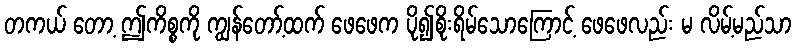
တကယ် တော့ ဤကိစ္စကို ကျွန်တော့်ထက် ဖေဖေက ပို၍စိုးရိမ်သောကြောင့် ဖေဖေလည်း မ လိမ့်မည်သာ